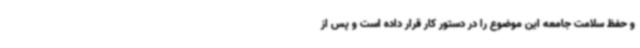
و حفظ سلامت جامعه این موضوع را در دستور کار قرار داده است و پس از